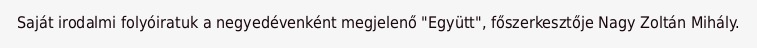
Saját irodalmi folyóiratuk a negyedévenként megjelenő "Együtt", főszerkesztője Nagy Zoltán Mihály.